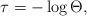
LaTeX: \begin{align*}\tau = - \log \Theta,\end{align*}